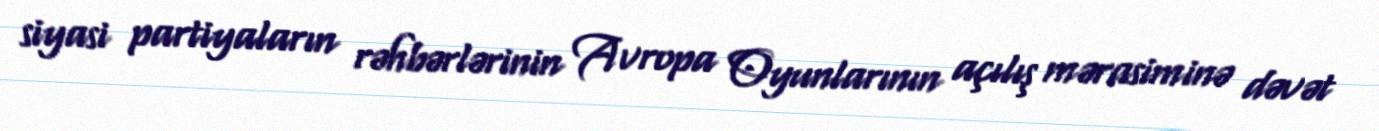
siyasi partiyaların rəhbərlərinin Avropa Oyunlarının açılış mərasiminə dəvət